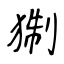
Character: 猘